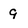
Character: 9